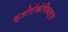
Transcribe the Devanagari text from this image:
फ्लोरोकेमिकल्स